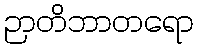
ဉာတိဘာတရော